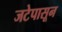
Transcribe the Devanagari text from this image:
जटेपासून